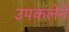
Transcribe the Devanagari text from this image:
उपकलेने